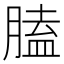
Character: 䐦